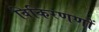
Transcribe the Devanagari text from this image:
विकिरणणों